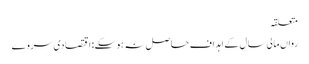
متعلقہ
رواں مالی سال کے اہداف حاصل نہ ہوسکے: اقتصادی سروے